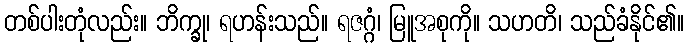
တစ်ပါးတုံလည်း။ ဘိက္ခု၊ ရဟန်းသည်။ ရဇဂ္ဂံ၊ မြူအစုကို။ သဟတိ၊ သည်ခံနိုင်၏။